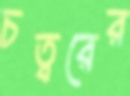
চত্বরের